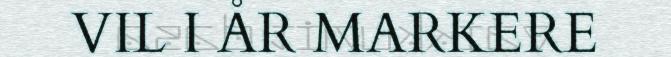
VIL I ÅR MARKERE